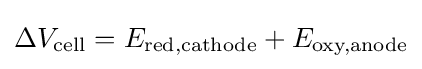
\Delta V_{\text{cell}}=E_{\text{red,cathode}}+E_{\text{oxy,anode}}